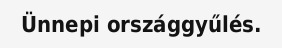
Ünnepi országgyűlés.